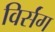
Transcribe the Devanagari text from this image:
विर्संग